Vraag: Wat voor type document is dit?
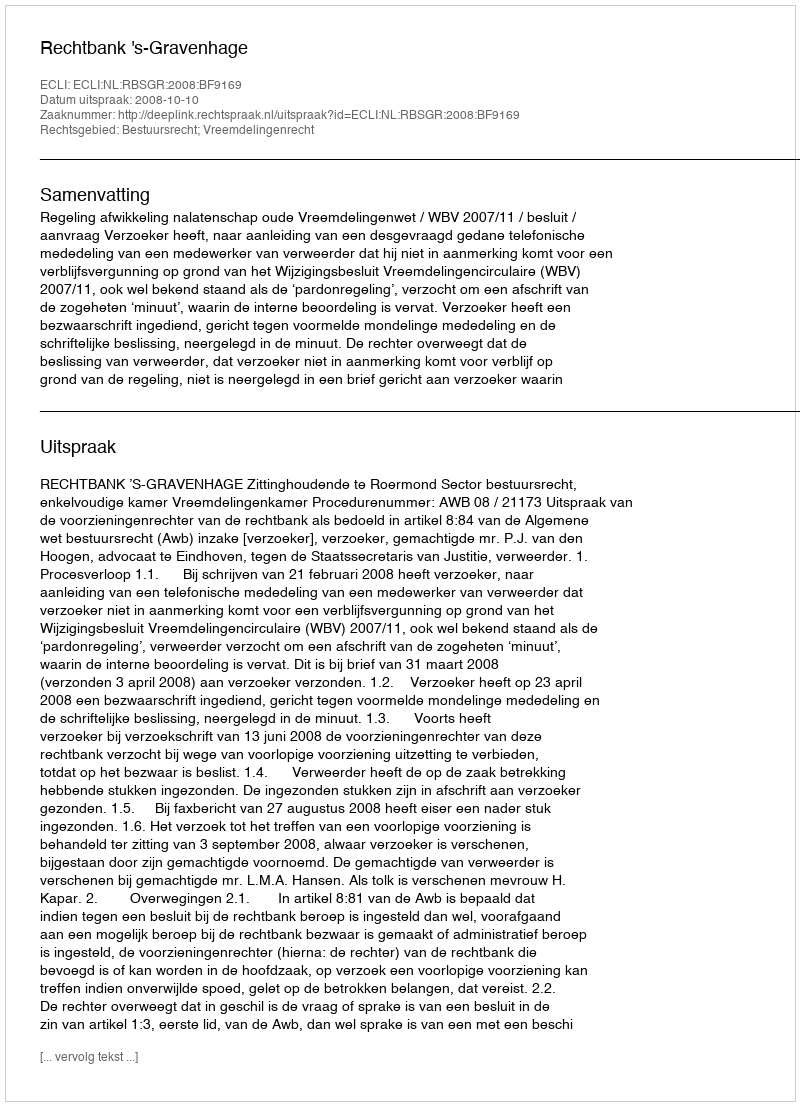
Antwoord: Uitspraak